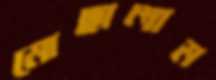
মোছালাম